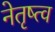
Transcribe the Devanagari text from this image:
नेतृष्त्व